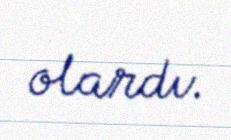
olardı.